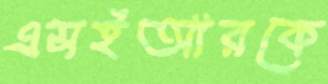
এসইআরকে